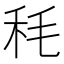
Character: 秏